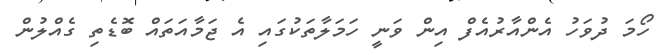
ހޯމަ ދުވަހު އެންއާރުއެފް އިން ވަނީ ހަމަލާތަކުގައި އެ ޖަމާއަތައް ބޮޑެތި ގެއްލުން